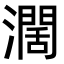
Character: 濶